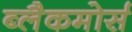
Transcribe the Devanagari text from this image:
ब्लैकमोर्स